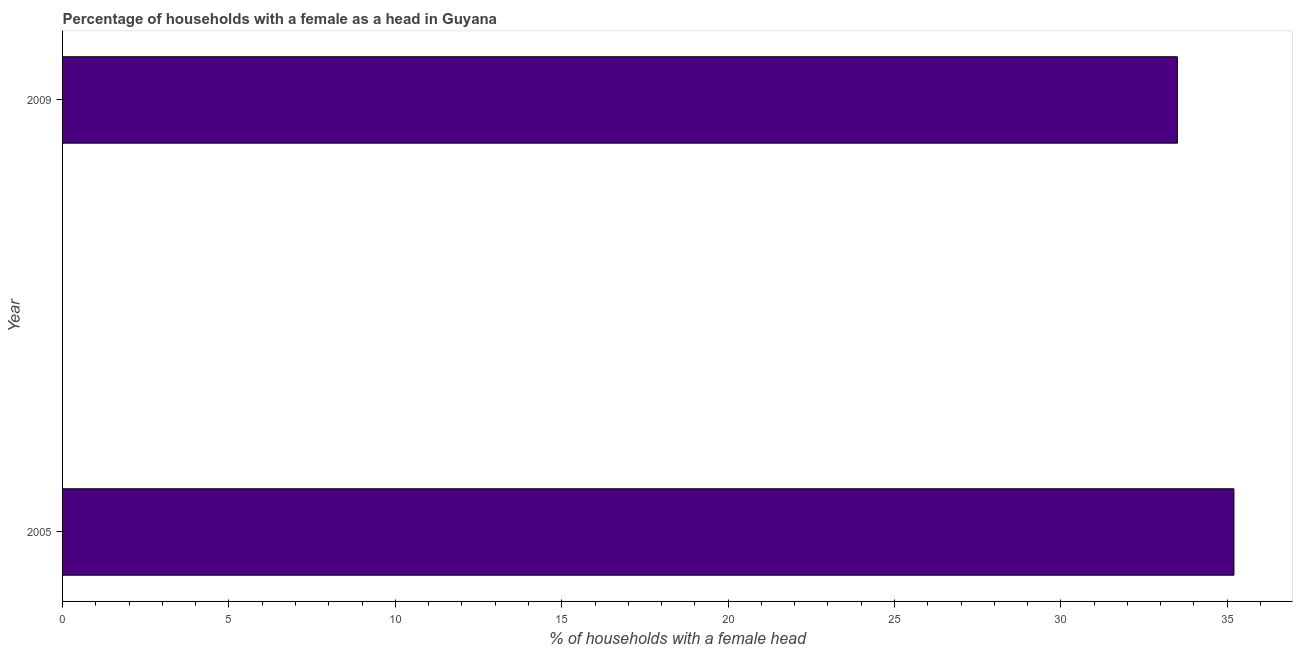
| Year | Female headed households |
 | --- | --- |
 | 2005 | 35.2 |
 | 2009 | 33.5 |